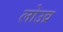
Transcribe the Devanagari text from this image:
लोउव्र